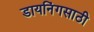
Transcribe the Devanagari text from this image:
डायनिंगसाठी